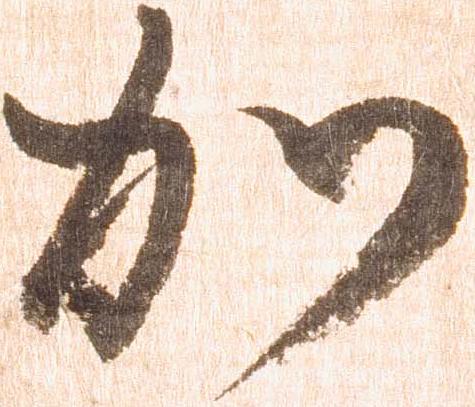
加